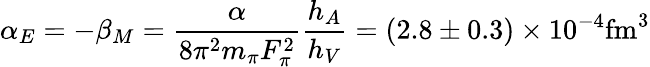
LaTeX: \alpha_{E}=-\beta_{M}={\frac{\alpha}{8\pi^{2}m_{\pi}F_{\pi}^{2}}}{\frac{h_{A}}{h_{V}}}=(2.8\pm 0.3)\times 10^{-4}\mathrm{fm}^{3}